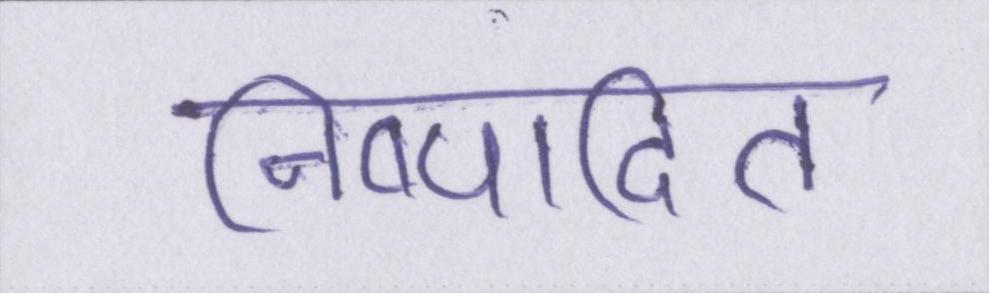
निष्पादित